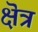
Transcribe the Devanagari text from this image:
क्षॆत्र